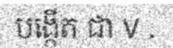
បង្កើត ជា V .